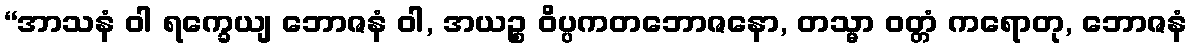
“အာသနံ ဝါ ရက္ခေယျ ဘောဇနံ ဝါ, အယဉ္စ ဝိပ္ပကတဘောဇနော, တသ္မာ ဝတ္တံ ကရောတု, ဘောဇနံ